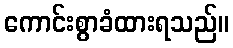
ကောင်းစွာခံထားရသည်။